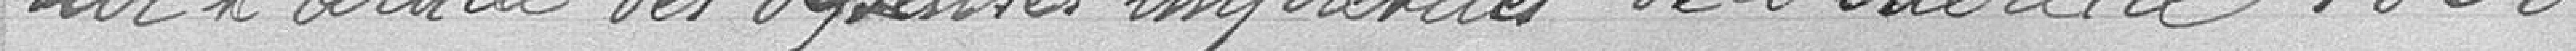
sur l'article des dépenses imprévues de l'exercice 1888.